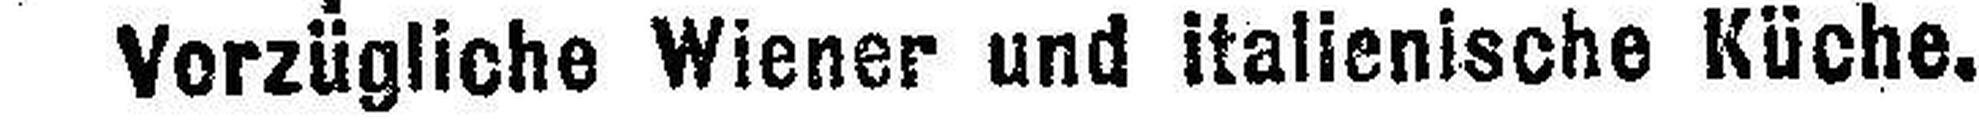
Vorzügliche Wiener und italienische Küche.